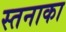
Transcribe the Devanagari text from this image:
स्तनाका